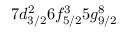
7 d _ { 3 / 2 } ^ { 2 } 6 f _ { 5 / 2 } ^ { 3 } 5 g _ { 9 / 2 } ^ { 8 }